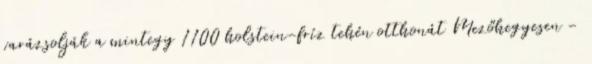
varázsolják a mintegy 1100 holstein-fríz tehén otthonát Mezőhegyesen -